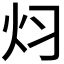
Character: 𮳜